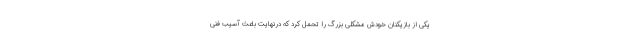
یکی از بازیکنان خودش مشکلی بزرگ را تحمل کرد که درنهایت باعث آسیب فنی